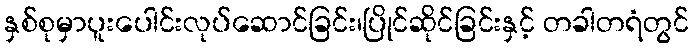
နှစ်စုမှာပူးပေါင်းလုပ်ဆောင်ခြင်း၊ပြိုင်ဆိုင်ခြင်းနှင့် တခါတရံတွင်